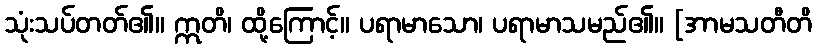
သုံးသပ်တတ်၏။ ဣတိ၊ ထို့ကြောင့်။ ပရာမာသော၊ ပရာမာသမည်၏။ [အာမသတီတိ